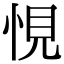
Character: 悓